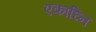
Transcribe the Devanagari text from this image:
एकाघ्नि